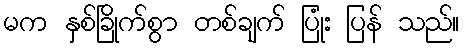
မက နှစ်ခြိုက်စွာ တစ်ချက် ပြုံး ပြန် သည်။